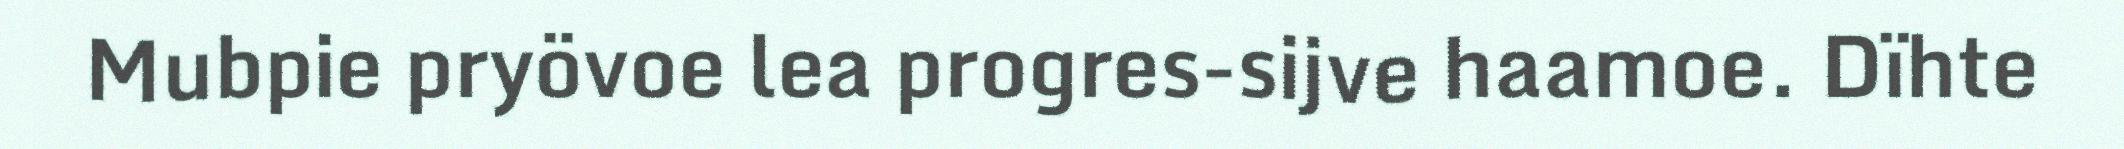
Mubpie pryövoe lea progres-sijve haamoe. Dïhte